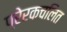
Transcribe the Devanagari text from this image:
प्रेरकचलित